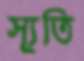
স্যূতি